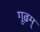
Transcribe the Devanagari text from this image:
गूढम्